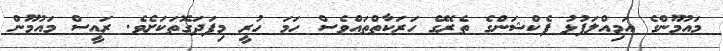
މައުމޫންގެ އަމިއްލަފުޅު ފެކްޝަންގެ ތެރޭގެ ހަރަކާތްތައްވެސް ހަމަ ހުރީ މިފަދަގޮތަކަށެވެ. ރައީސް މައުމޫން